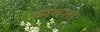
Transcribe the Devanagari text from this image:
व्यवसा